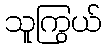
သူကြွယ်